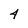
Character: 4